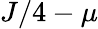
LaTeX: J/4-\mu